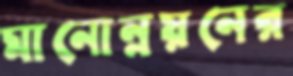
মানোন্নয়নের